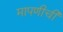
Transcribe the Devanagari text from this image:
मापणीची